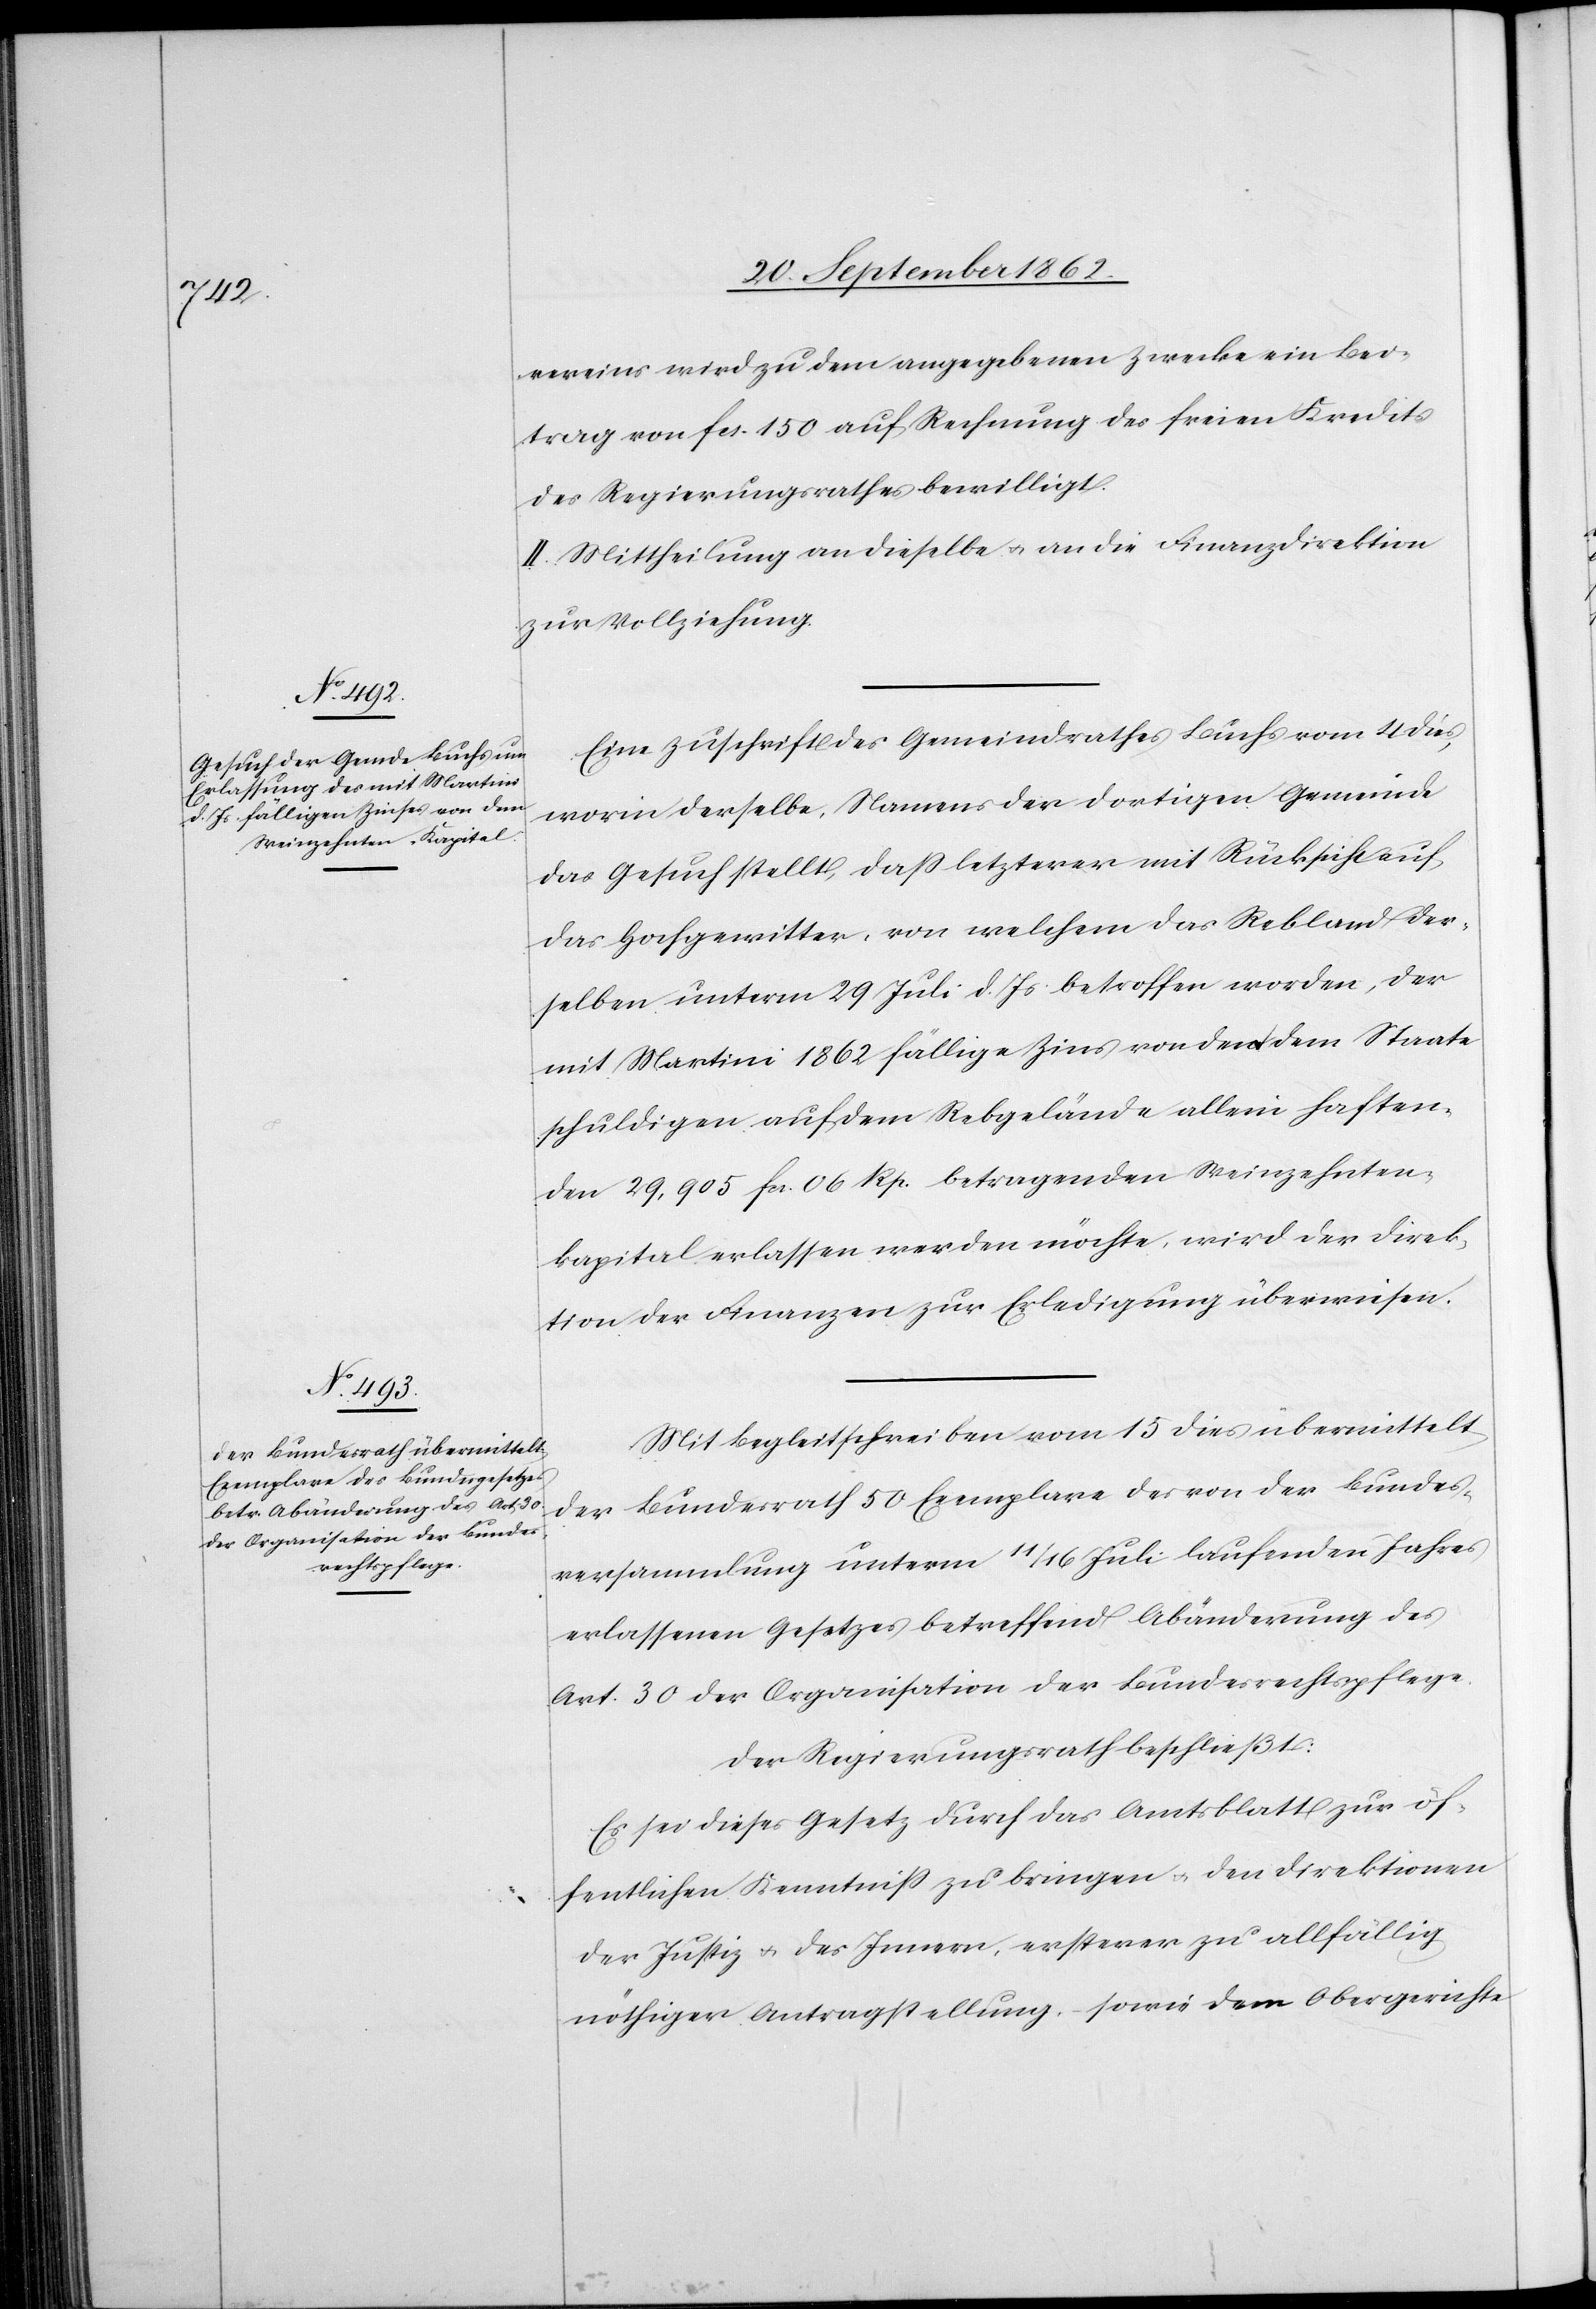
vereins wird zu dem angegebenen Zwecke ein Bei¬
trag von fcs. 150 auf Rechnung des freien Kredits
des Regierungsrathes bewilligt.
II. Mittheilung an dieselbe u. an die Finanzdirektion
zur Vollziehung.
Eine Zuschrift des Gemeindrathes Buchs vom 4. dies,
worin derselbe, Namens der dortigen Gemeinde
das Gesuch stellt, daß letzterer mit Rücksicht auf
das Hochgewitter, von welchem das Rebland der¬
selben unterm 29. Juli d. Js. betroffen worden, der
mit Martini 1862 fällige Zins von den dem Staate
schuldigen auf dem Rebgelände allein haften¬
den 29,905 fcs. 06 Rp. betragenden Weinzehnten¬
kapital erlassen werden möchte, wird der Direk¬
tion der Finanzen zur Erledigung überwiesen.
Mit Begleitschreiben vom 15. dies übermittelt
der Bundesrath 50 Exemplare des von der Bundes¬
versammlung unterm 11./16. Juli laufenden Jahres
erlassenen Gesetzes betreffend Abänderung des
Art. 30 der Organisation der Bundesrechtspflege.
Der Regierungsrath beschließt:
Es sei dieses Gesetz durch das Amtsblatt zur öf¬
fentlichen Kenntniß zu bringen u. den Direktionen
der Justiz u. des Innern, ersterer zu allfällig
nöthiger Antragstellung, – sowie dem Obergerichte